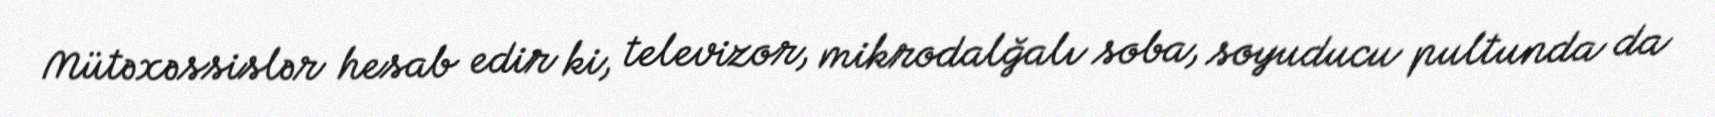
Mütəxəssislər hesab edir ki, televizor, mikrodalğalı soba, soyuducu pultunda da